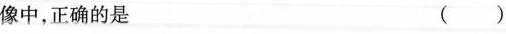
像中，正确的是 ( )